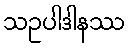
သဥပါဒါနဿ